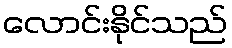
လောင်းနိုင်သည်